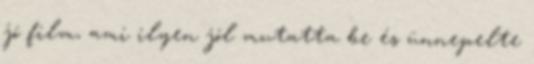
jó film, ami ilyen jól mutatta be és ünnepelte